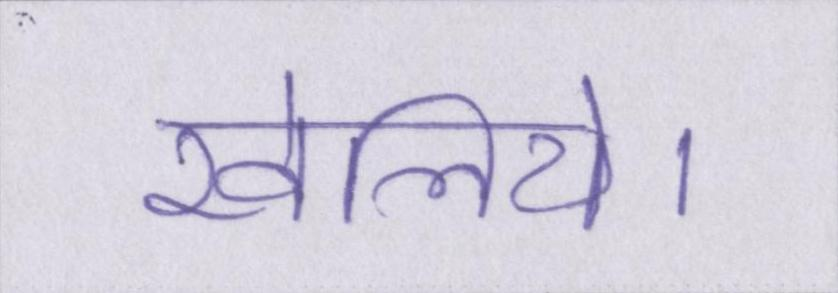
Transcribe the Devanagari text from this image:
खेलिये।